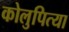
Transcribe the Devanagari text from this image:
कोलुपित्या